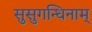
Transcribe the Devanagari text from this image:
सुसुगन्धिनाम्